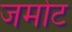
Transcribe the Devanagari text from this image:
जमोट